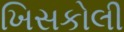
ખિસકોલી